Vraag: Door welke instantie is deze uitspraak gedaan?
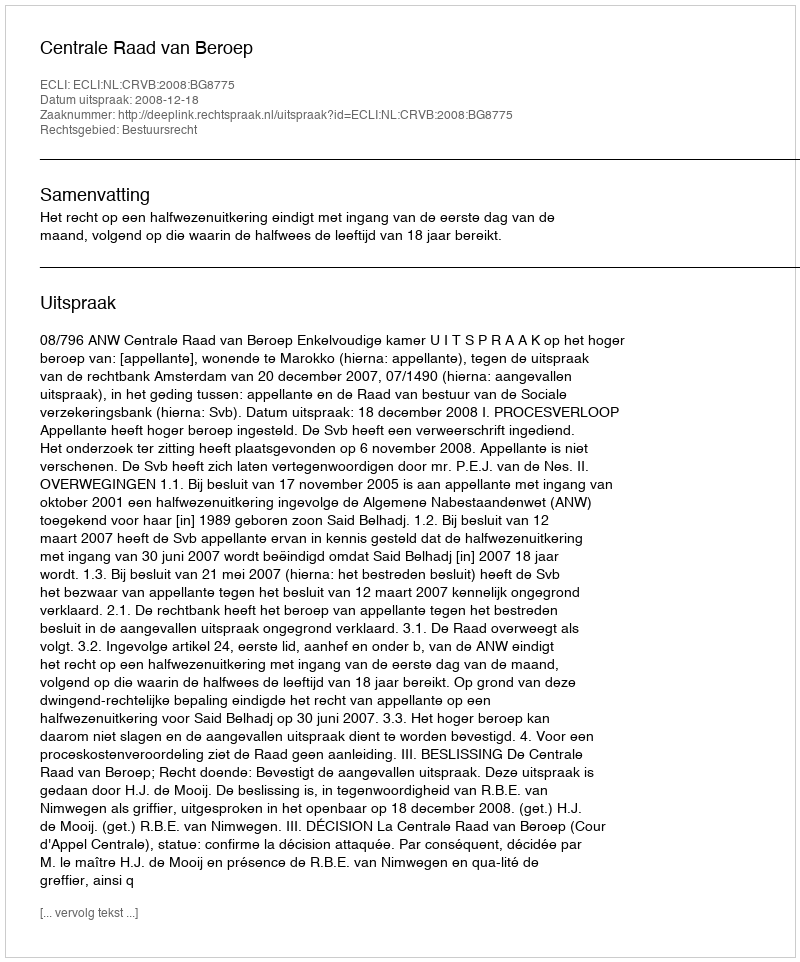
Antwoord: Centrale Raad van Beroep